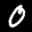
Label: 0